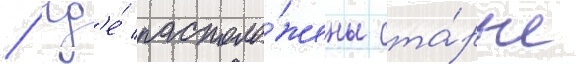
/ гд'е́ располо́жены ста́рые